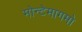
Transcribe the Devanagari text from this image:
मोन्टेमागमो